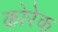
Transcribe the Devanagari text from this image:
कोरेक